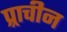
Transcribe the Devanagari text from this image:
प्र्राचीन